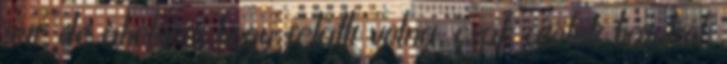
tett, de ahelyett, hogy felállt volna, csak átölelt hátulról,